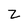
Character: z